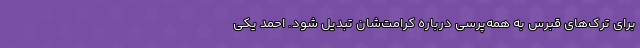
برای ترک‌های قبرس به همه‌پرسی درباره کرامت‌شان تبدیل شود. احمد یکی